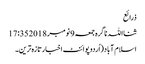
ذرائع
ثنااللہ ناگرہ جمعہ 9 نومبر 2018 17:35
اسلام آباد(اُردوپوائنٹ اخبارتازہ ترین۔